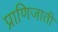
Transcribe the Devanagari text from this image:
प्राणिजाती